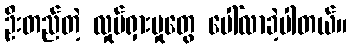
ဦးတည်တဲ့ လှုပ်ရှားမှုတွေ ပေါ်လာခဲ့ပါတယ်။